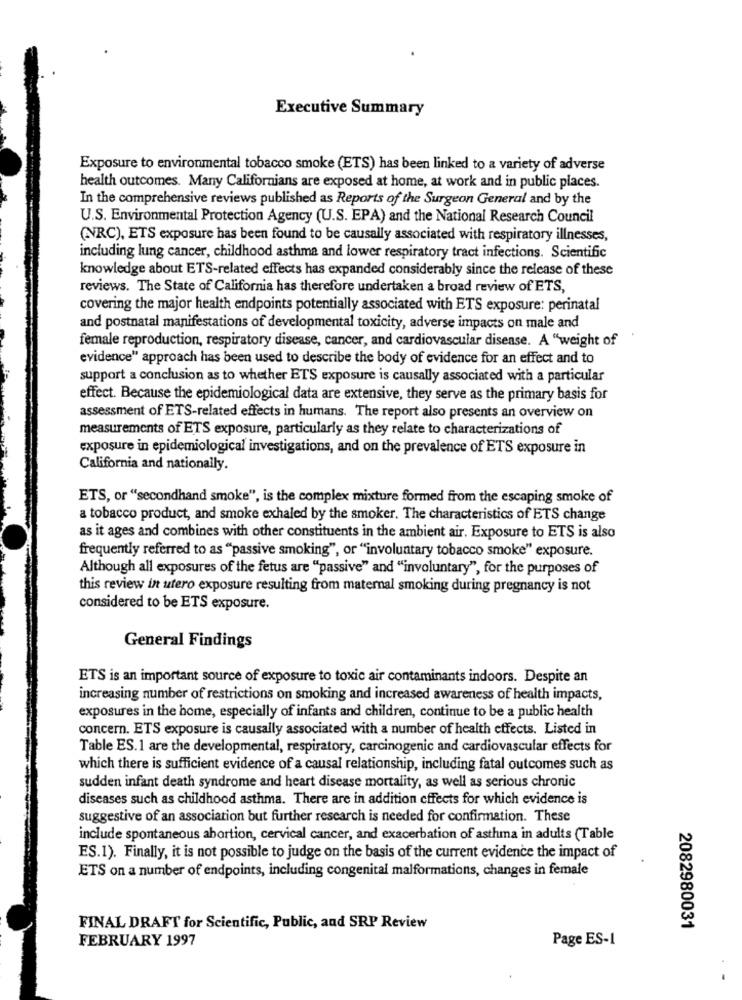
Executive Summary
Exposure to environmental tobacco smoke (ETS) has been linked to a variety of adverse
health outcomes. Many Californians are exposed at home, at work and in public places.
In the comprehensive reviews published as Reports of the Surgeon General and by the
U.S. Environmental Protection Agency (U.S. EPA) and the National Research Council
(NRC), ETS exposure has been found to be causally associated with respiratory illnesses,
including lung cancer, childhood asthma and lower respiratory tract infections. Scientific
knowledge about ETS-related effects has expanded considerably since the release of these
reviews. The State of California has therefore undertaken a broad review of ETS,
covering the major health endpoints potentially associated with ETS exposure: perinatal
and postnatal manifestations of developmental toxicity, adverse impacts on male and
female reproduction, respiratory disease, cancer, and cardiovascular disease. A "weight of
evidence" approach has been used to describe the body of evidence for an effect and to
support a conclusion as to whether ETS exposure is causally associated with a particular
effect. Because the epidemiological data are extensive, they serve as the primary basis for
assessment of ETS-related effects in humans. The report also presents an overview on
measurements of ETS exposure, particularly as they relate to characterizations of
exposure in epidemiological investigations, and on the prevalence of ETS exposure in
California and nationally.
ETS, or "secondhand smoke", is the complex mixture formed from the escaping smoke of
a tobacco product, and smoke exhaled by the smoker. The characteristics of ETS change
as it ages and combines with other constituents in the ambient air. Exposure to ETS is also
frequently referred to as "passive smoking", or "involuntary tobacco smoke" exposure.
Although all exposures of the fetus are "passive" and "involuntary", for the purposes of
this review in utero exposure resulting from maternal smoking during pregnancy is not
considered to be ETS exposure.
General Findings
ETS is an important source of exposure to toxic air contaminants indoors. Despite an
increasing number of restrictions on smoking and increased awareness of health impacts,
exposures in the home, especially of infants and children, continue to be a public health
concern. ETS exposure is causally associated with a number of health effects. Listed in
Table ES.1 are the developmental, respiratory, carcinogenic and cardiovascular effects for
which there is sufficient evidence of a causal relationship, including fatal outcomes such as
sudden infant death syndrome and heart disease mortality, as well as serious chronic
diseases such as childhood asthma. There are in addition effects for which evidence is
suggestive of an association but further research is needed for confirmation. These
include spontaneous abortion, cervical cancer, and exacerbation of asthma in adults (Table
ES.1). Finally, it is not possible to judge on the basis of the current evidence the impact of
ETS on a number of endpoints, including congenital malformations, changes in female
FINAL DRAFT for Scientific, Public, and SRP Review
2082980031
FEBRUARY 1997
Page ES-1